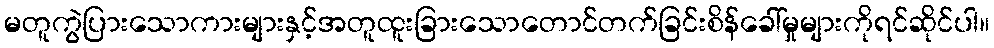
မတူကွဲပြားသောကားများနှင့်အတူထူးခြားသောတောင်တက်ခြင်းစိန်ခေါ်မှုများကိုရင်ဆိုင်ပါ။